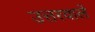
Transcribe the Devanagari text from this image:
उत्तरवाले